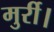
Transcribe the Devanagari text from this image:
मुर्री।